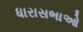
ધારાસભાઓ